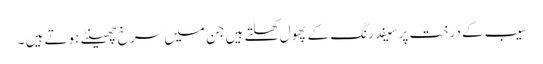
سیب کے درخت پرسیفد رنگ کے پھول کھلتے ہیں جن میں سرخ چھینٹے ہوتے ہیں ۔